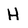
Character: H